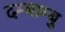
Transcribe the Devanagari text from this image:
दम्बाम्बु